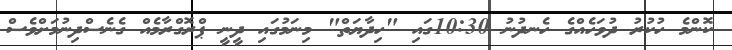
ކޮންމެ ހުކުރު ދުވަހެއްގެ ހެނދުނު 10:30ގައި "ހިދާޔަތް" މިނަމުގައި ދީނީ ޕްރޮގްރާމެއް ގެނެސްދިނުމަށްވެސް